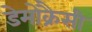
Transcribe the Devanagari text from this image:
डेमोक्रैसी